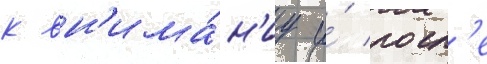
к вн'има́н'иу и́ посл'е